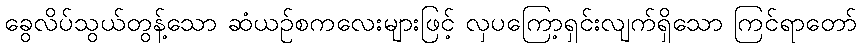
ခွေလိပ်သွယ်တွန့်သော ဆံယဉ်စကလေးများဖြင့် လှပကြော့ရှင်းလျက်ရှိသော ကြင်ရာတော်